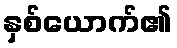
နှစ်ယောက်၏